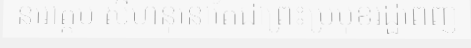
នរោត្តម សីហនុនៅតែជាព្រះប្រមុខរដ្ឋពេញ